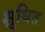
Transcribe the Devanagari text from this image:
क्षुधित